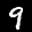
Label: 9